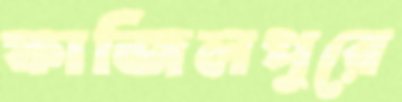
ফাজিলপুরে